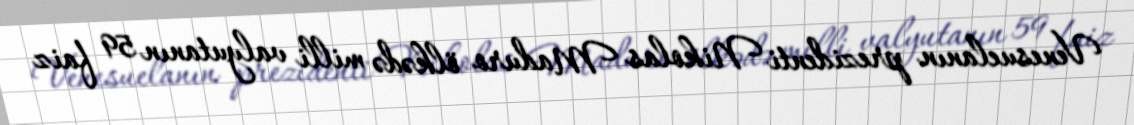
Venesuelanın prezidenti Nikolas Maduro ölkədə milli valyutanın 59 faiz